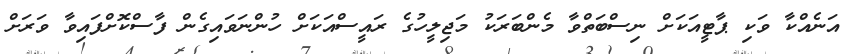
އަނެއްކާ ވަކި ޕާޓީއަކަށް ނިސްބަތްވާ މެންބަރަކު މަޖިލީހުގެ ރައީސްއަކަށް ހުންނަވައިގެން ފާސްކޮށްފައިވާ ވަރަށް